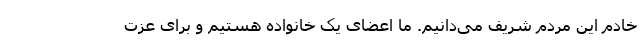
خادم این مردم شریف می‌دانیم. ما اعضای یک خانواده هستیم و برای عزت